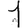
Digit: 1